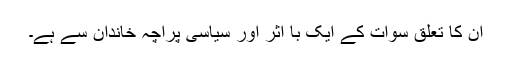
ان کا تعلق سوات کے ایک با اثر اور سیاسی پراچہ خاندان سے ہے۔